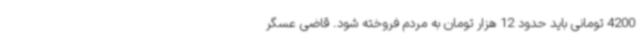
4200 تومانی باید حدود 12 هزار تومان به مردم فروخته شود. قاضی عسگر